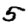
Digit: 5